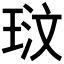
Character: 𭹓